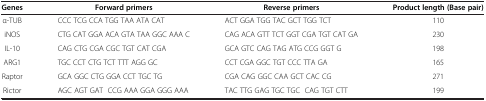
<table><thead><tr><td><b>Genes</b></td><td><b>Forward primers</b></td><td><b>Reverse primers</b></td><td><b>Product length (Base pair)</b></td></tr></thead><tbody><tr><td>α-TUB</td><td>CCC TCG CCA TGG TAA ATA CAT</td><td>ACT GGA TGG TAC GCT TGG TCT</td><td>110</td></tr><tr><td>iNOS</td><td>CTG CAT GGA ACA GTA TAA GGC AAA C</td><td>CAG ACA GTT TCT GGT CGA TGT CAT GA</td><td>230</td></tr><tr><td>IL-10</td><td>CAG CTG CGA CGC TGT CAT CGA</td><td>GCA GTC CAG TAG ATG CCG GGT G</td><td>198</td></tr><tr><td>ARG1</td><td>TGC CCT CTG TCT TTT AGG GC</td><td>CCT CGA GGC TGT CCC TTA GA</td><td>165</td></tr><tr><td>Raptor</td><td>GCA GGC CTG GGA CCT TGC TG</td><td>CGA CAG GGC CAA GCT CAC CG</td><td>271</td></tr><tr><td>Rictor</td><td>AGC AGT GAT CCG AAA GGA GGG AAA</td><td>TAC TTG GAG TGC TGC CAG TGT CTT</td><td>199</td></tr></tbody></table>